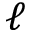
\ell